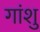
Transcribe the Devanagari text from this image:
गांशु